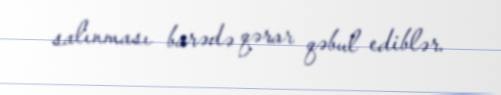
salınması barədə qərar qəbul ediblər.